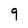
Character: 9